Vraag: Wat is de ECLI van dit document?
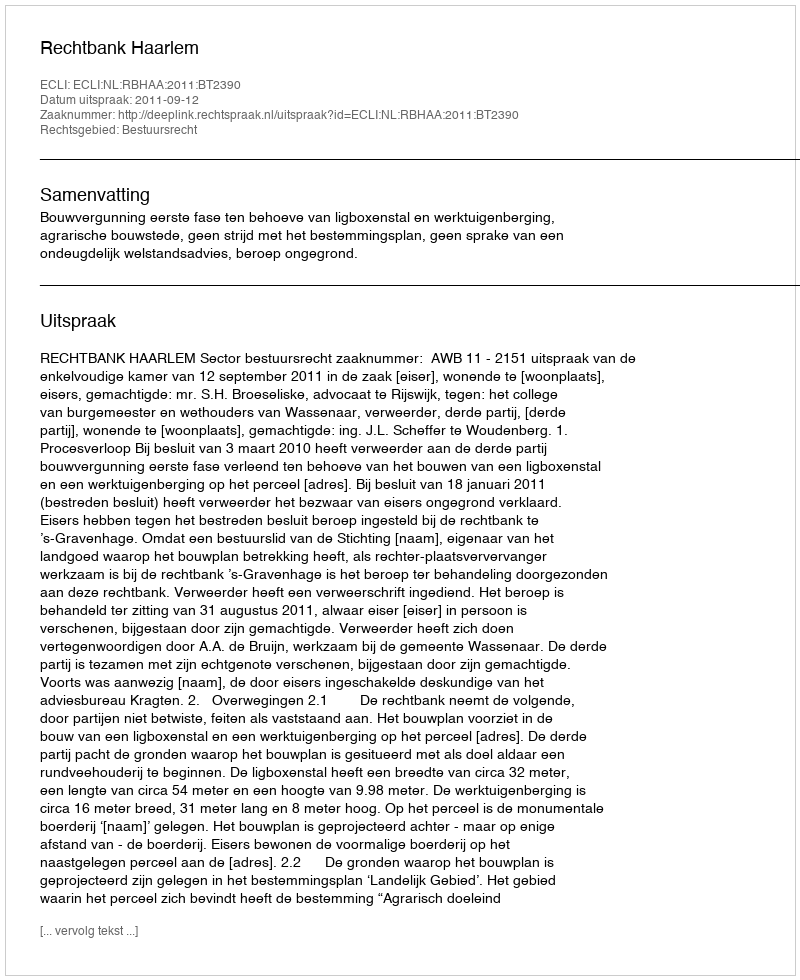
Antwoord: ECLI:NL:RBHAA:2011:BT2390